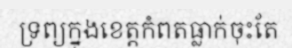
ទ្រព្យក្នុងខេត្តកំពតធ្លាក់ចុះតែ